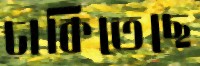
ঢাকিতেছে